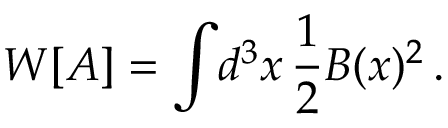
W [ A ] = \int \! d ^ { 3 } x \, \frac { 1 } { 2 } B ( x ) ^ { 2 } \, .